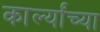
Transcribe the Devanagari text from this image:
कार्ल्यांच्या